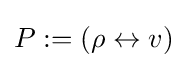
P:=\left(\rho \leftrightarrow {v}\right)